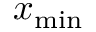
x _ { \mathrm { m i n } }